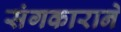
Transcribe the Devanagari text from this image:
संगकाराने